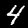
Digit: 4